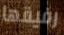
رفيقها